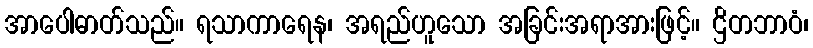
အာပေါဓာတ်သည်။ ရသာကာရေန၊ အရည်ဟူသော အခြင်းအရာအားဖြင့်။ ဌိတဘာဝံ၊